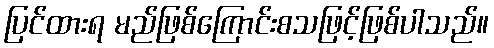
ပြင်ထားရ မည်ဖြစ်ကြောင်းစသဖြင့်ဖြစ်ပါသည်။